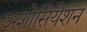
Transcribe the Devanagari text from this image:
अशोसियेशन